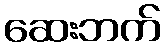
ဆေးဘက်